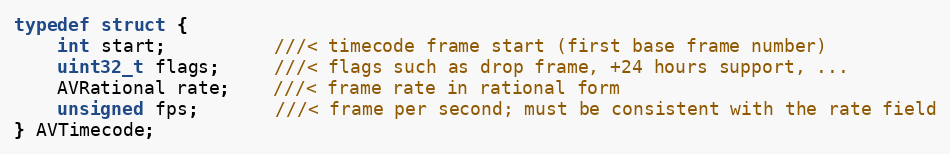
Language: C
typedef struct {
    int start;          ///< timecode frame start (first base frame number)
    uint32_t flags;     ///< flags such as drop frame, +24 hours support, ...
    AVRational rate;    ///< frame rate in rational form
    unsigned fps;       ///< frame per second; must be consistent with the rate field
} AVTimecode;